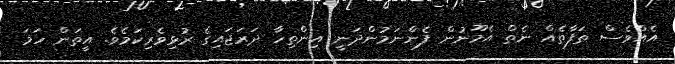
އެއްވެސް ތަފާތެއް ނެތް އެމޫނުން ފެންނަމުންދަނީ އިންތިހާ ދަރަޖައިގެ ރުޅިވެރިކަމެވެ. އީތަން ހަމަ